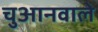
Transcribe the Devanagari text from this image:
चुआनवाले